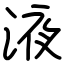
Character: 液